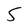
Character: 5